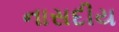
નાસદીય